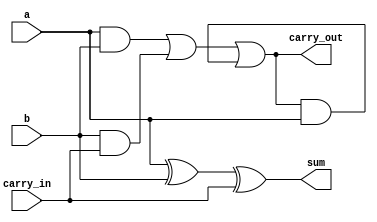
//This is the dataflow definition of a 1-bit full adder
module full_adder_dataflow(sum, carry_out, a, b, carry_in);
    input a, b, carry_in;
    output sum, carry_out;
    assign sum = a ^ b ^ carry_in;
    assign carry_out = (a & b)|(b & carry_in)|(carry_out & a);
endmodule